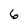
Character: 6